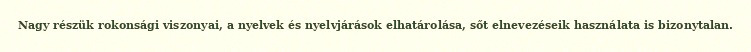
Nagy részük rokonsági viszonyai, a nyelvek és nyelvjárások elhatárolása, sőt elnevezéseik használata is bizonytalan.